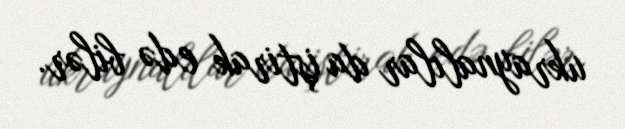
ukraynalılar da iştirak edə bilər.